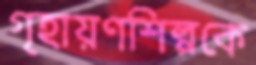
গৃহায়ণশিল্পকে